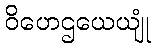
ဝိဟေဌယေယျုံ